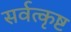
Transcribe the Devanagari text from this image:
सर्वत्कृष्ट